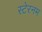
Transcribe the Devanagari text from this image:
स्टेरनम